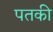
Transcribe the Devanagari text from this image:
पतकी